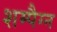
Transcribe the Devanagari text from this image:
शम्पैग्न